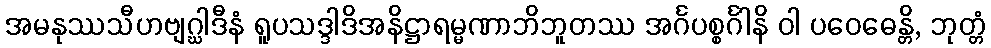
အမနုဿသီဟဗျဂ္ဃါဒီနံ ရူပသဒ္ဒါဒိအနိဋ္ဌာရမ္မဏာဘိဘူတဿ အင်္ဂပစ္စင်္ဂါနိ ဝါ ပဝေဓေန္တိ, ဘုတ္တံ